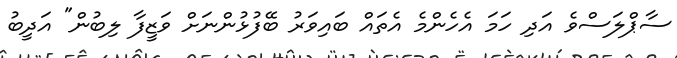
ސާޕްލަސްވެ އަދި ހަމަ އެހެންމެ އެތައް ބައިވަރު ބޭފުޅުންނަށް ވަޒީފާ ލިބުން" އަދީބު